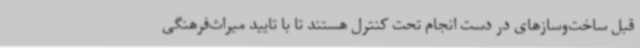
قبل ساخت‌وسازهای در دست انجام تحت کنترل هستند تا با تایید میراث‌فرهنگی